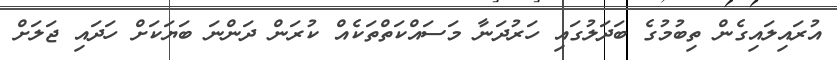
އުރައިލައިގެން ތިބުމުގެ ބަދަލުގައި ހަރުދަނާ މަސައްކަތްތަކެއް ކުރަން ދަންނަ ބަޔަކަށް ހަދައި ޖަލަށް